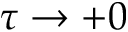
\tau \to + 0